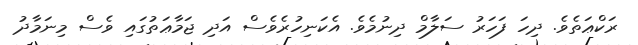
ރަކްޢަތެވެ. ދިހަ ފަހަރު ސަލާމް ދިނުމެވެ. އެކަނިހުރެވެސް އަދި ޖަމާޢަތުގައި ވެސް މިނަމާދު